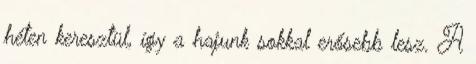
héten keresztül, így a hajunk sokkal erősebb lesz. A